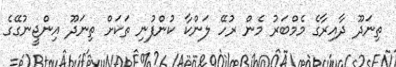
ތިނަދޫ ދާއިރާގެ މެމްބަރު މެން ރުހޭ ލަންކާ ކުންފުނި ތަކަށް ތިނަދޫ އިންޖީނުގޭގެ